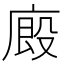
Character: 廄